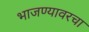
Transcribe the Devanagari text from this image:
भाजण्यावरचा